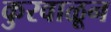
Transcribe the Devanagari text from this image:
कुरवाळून